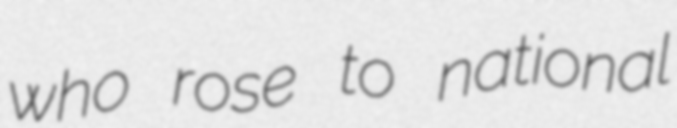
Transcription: who rose to national